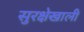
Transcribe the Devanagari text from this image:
सुरक्षेखाली